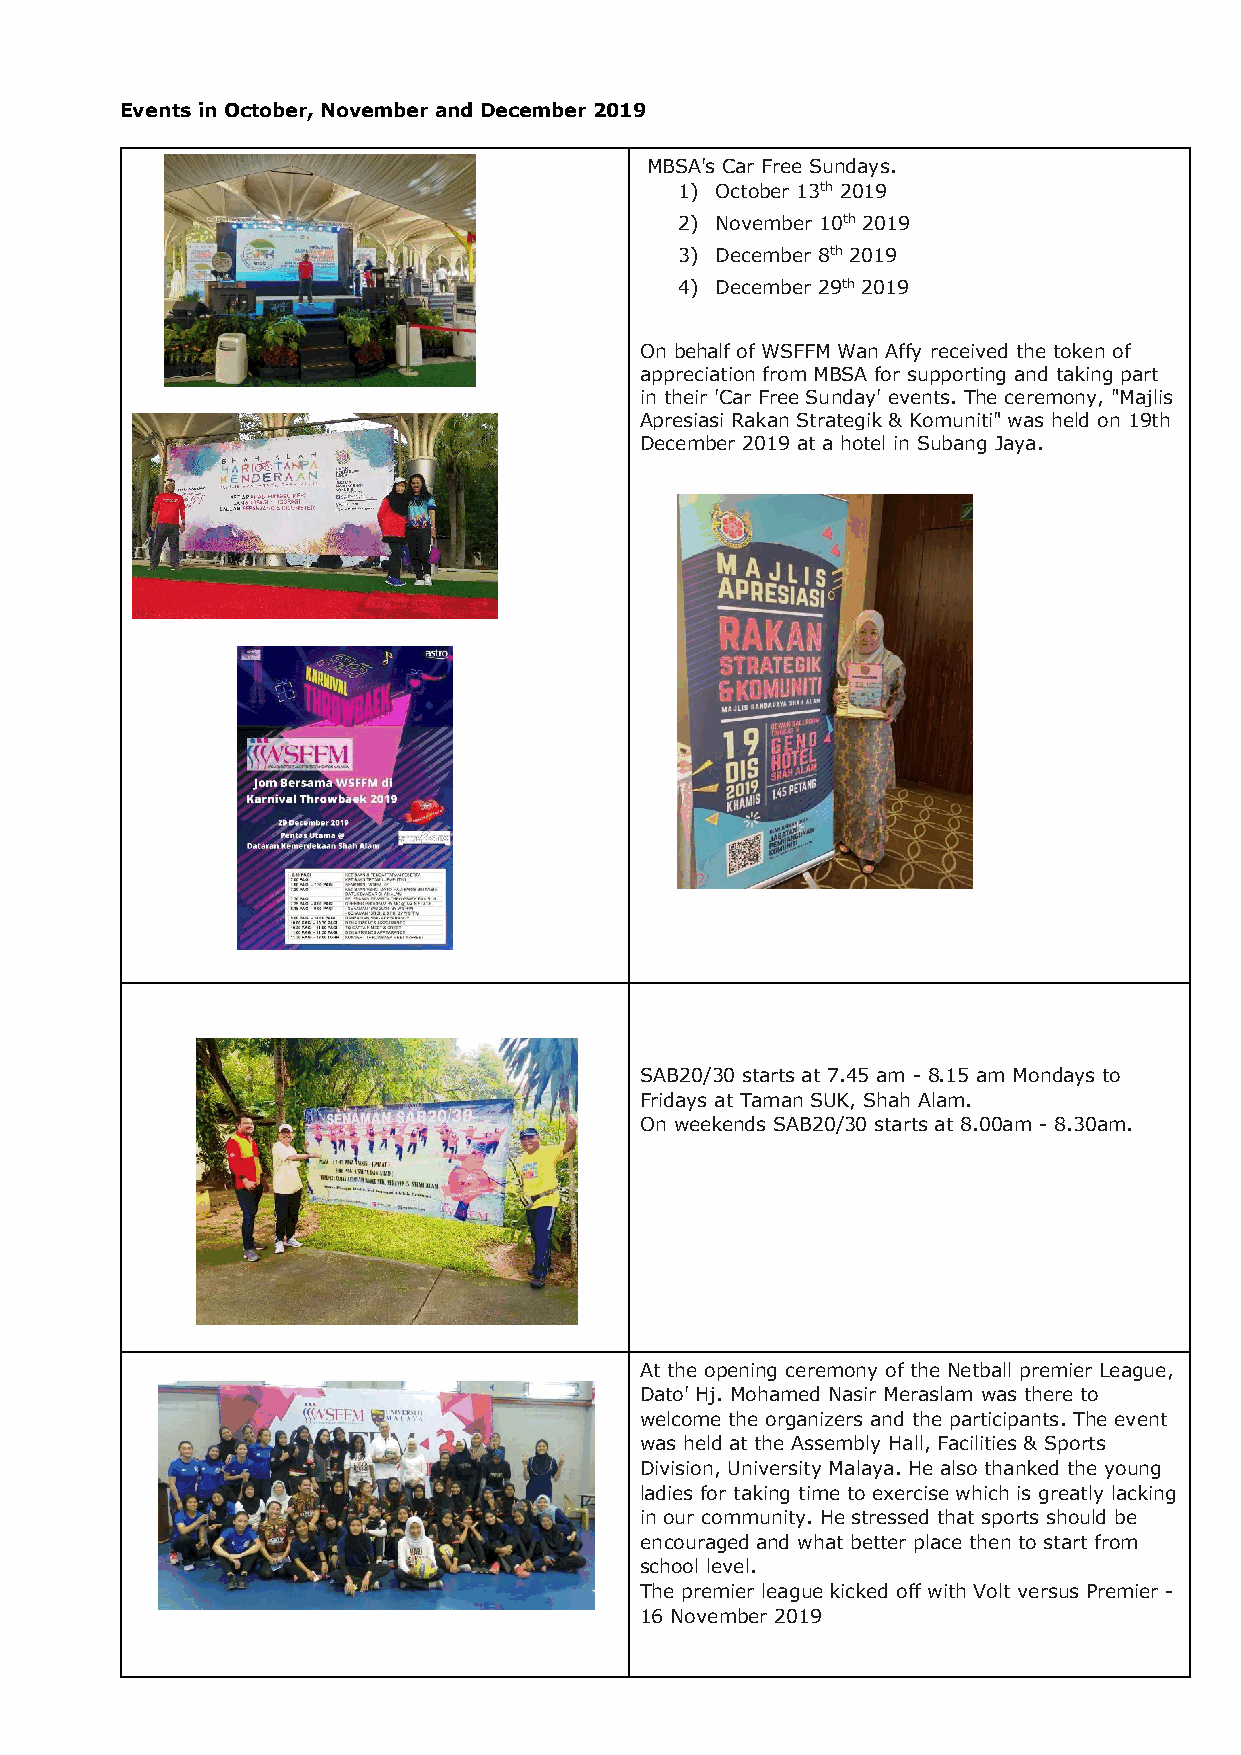
Events in October, November and December 2019
 MBSA's Car Free Sundays.
 1) October 13th 2019
 2) November 10th 2019
 3) December 8th 2019
 4) December 29th 2019
 On behalf of WSFFM Wan Affy received the token of
 appreciation from MBSA for supporting and taking part
 in their 'Car Free Sunday' events. The ceremony, "Majlis
 Apresiasi Rakan Strategik & Komuniti" was held on 19th
 December 2019 at a hotel in Subang Jaya.
 SAB20/30 starts at 7.45 am - 8.15 am Mondays to
 Fridays at Taman SUK, Shah Alam.
 On weekends SAB20/30 starts at 8.00am - 8.30am.
 At the opening ceremony of the Netball premier League,
 Dato' Hj. Mohamed Nasir Meraslam was there to
 welcome the organizers and the participants. The event
 was held at the Assembly Hall, Facilities & Sports
 Division, University Malaya. He also thanked the young
 ladies for taking time to exercise which is greatly lacking
 in our community. He stressed that sports should be
 encouraged and what better place then to start from
 school level.
 The premier league kicked off with Volt versus Premier -
 16 November 2019